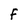
Character: F